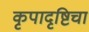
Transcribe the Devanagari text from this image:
कृपादृष्टिचा